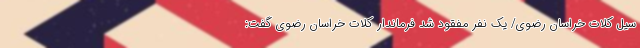
سیل کلات خراسان رضوی/ یک نفر مفقود شد فرماندار کلات خراسان رضوی گفت: